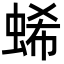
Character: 䖷